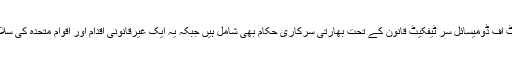
یہ ڈومیسائل غیر کشمیریوں سمیت دیگر بھارتی شہریوں کو دیئے گئے ہیںجن میں جموں و کشمیر گرانٹ آف ڈومیسائل سر ٹیفکیٹ قانون کے تحت بھارتی سرکاری حکام بھی شامل ہیں جبکہ یہ ایک غیرقانونی اقدام اور اقوام متحدہ کی سلامتی کونسل کی قرار دادوں اور چوتھے جنیوا کنونشن سمیت عالمی قانون کی کھلم کھلاخلاف ورزی ہے۔